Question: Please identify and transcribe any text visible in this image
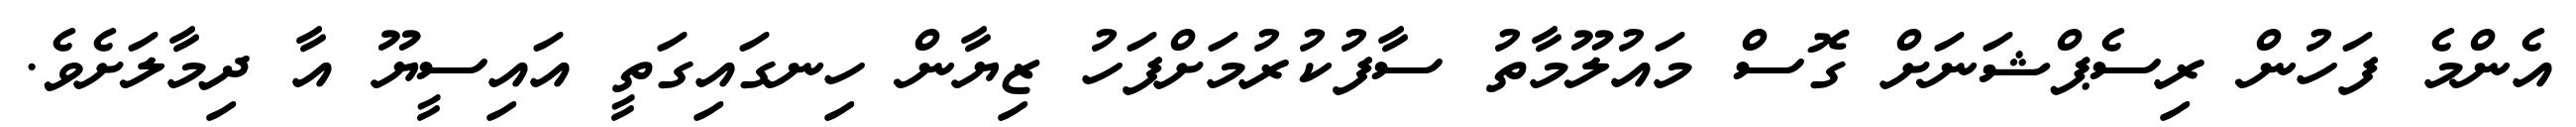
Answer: އެންމެ ފަހުން ރިސެޕްޝަނަށް ގޮސް މައުލޫމާތު ސާފުކުރުމަށްފަހު ޒިޔާން ހިނގައިގަތީ އައިސީޔޫ އާ ދިމާލަށެވެ.